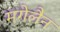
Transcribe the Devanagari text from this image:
मगेलैन